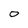
Character: 0